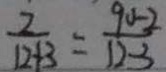
\frac { 2 } { 1 2 + 3 } = \frac { 9 0 - 2 } { 1 2 - 3 }